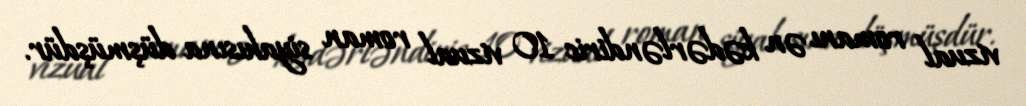
vizual romanı ən kədərləndiric 10 vizual roman siyahısına düşmüşdür.